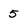
Character: 5